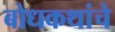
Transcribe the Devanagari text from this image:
बोधकथांचे